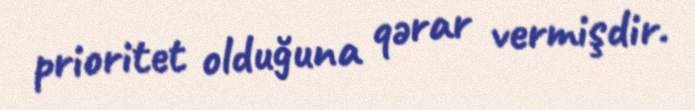
prioritet olduğuna qərar vermişdir.